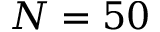
N = 5 0